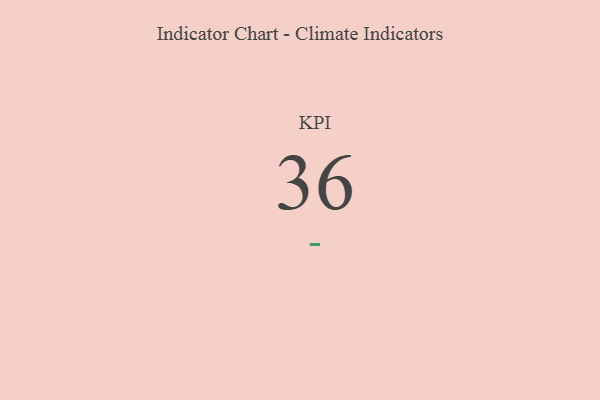
{"axis": {"x": "KPI", "y": "Value"}, "legend": [""], "data": [{"x": "KPI", "y": 36, "type": ""}]}